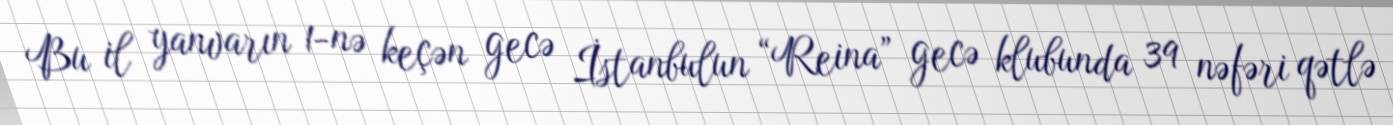
Bu il yanvarın 1-nə keçən gecə İstanbulun “Reina” gecə klubunda 39 nəfəri qətlə